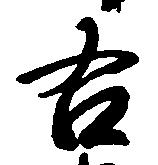
右